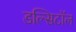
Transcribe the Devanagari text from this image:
डल्सिटॉल